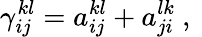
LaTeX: {\gamma}_{ij}^{kl}=a_{ij}^{kl}+a_{ji}^{lk}\mathrm{~,~}